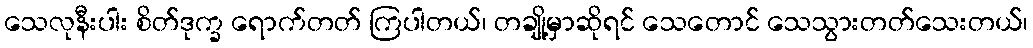
သေလုနီးပါး စိတ်ဒုက္ခ ရောက်တတ် ကြပါတယ်၊ တချို့မှာဆိုရင် သေတောင် သေသွားတတ်သေးတယ်၊